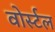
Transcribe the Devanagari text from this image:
वोर्स्टल